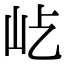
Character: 𡵊